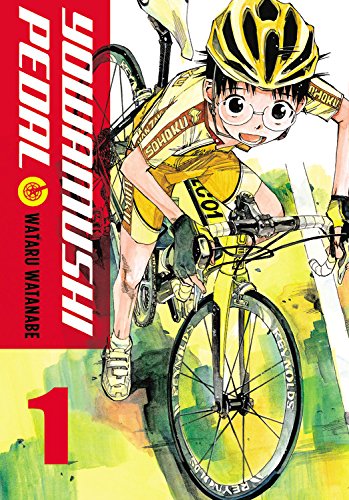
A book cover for Yowamushi Pedal, Vol. 1; Wataru Watanabe; Comics & Graphic Novels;